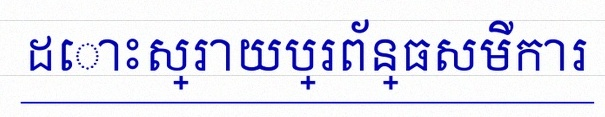
ដោះស្រាយប្រព័ន្ធសមីការ